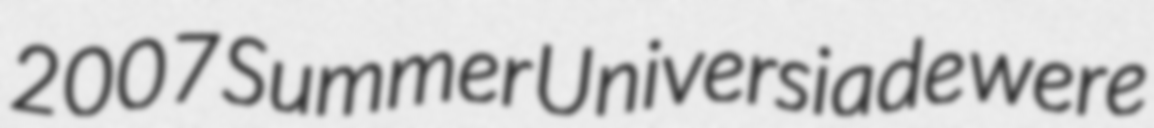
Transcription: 2007 Summer Universiade were